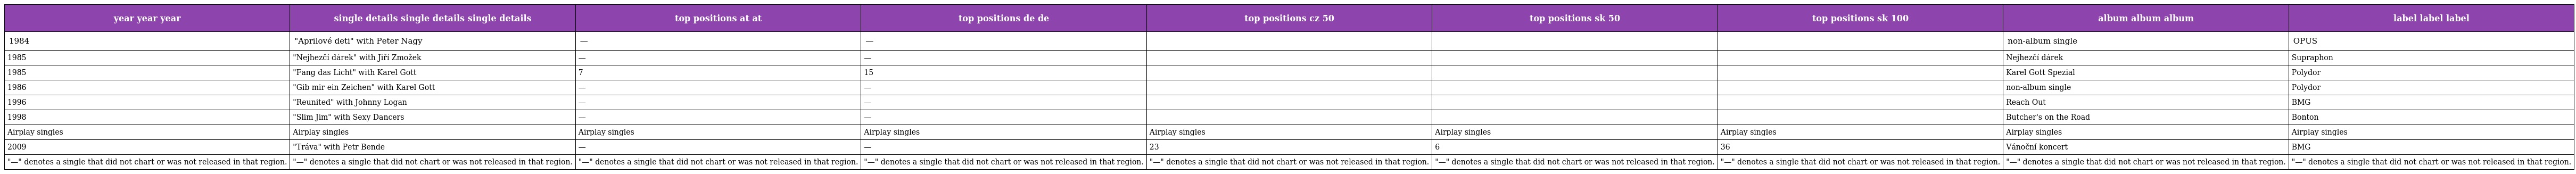
| year year year | single details single details single details | top positions at at | top positions de de | top positions cz 50 | top positions sk 50 | top positions sk 100 | album album album | label label label |
 | --- | --- | --- | --- | --- | --- | --- | --- | --- |
 | 1984 | "Aprilové deti" with Peter Nagy | — | — |  |  |  | non-album single | OPUS |
 | 1985 | "Nejhezčí dárek" with Jiří Zmožek | — | — |  |  |  | Nejhezčí dárek | Supraphon |
 | 1985 | "Fang das Licht" with Karel Gott | 7 | 15 |  |  |  | Karel Gott Spezial | Polydor |
 | 1986 | "Gib mir ein Zeichen" with Karel Gott | — | — |  |  |  | non-album single | Polydor |
 | 1996 | "Reunited" with Johnny Logan | — | — |  |  |  | Reach Out | BMG |
 | 1998 | "Slim Jim" with Sexy Dancers | — | — |  |  |  | Butcher's on the Road | Bonton |
 | Airplay singles | Airplay singles | Airplay singles | Airplay singles | Airplay singles | Airplay singles | Airplay singles | Airplay singles | Airplay singles |
 | 2009 | "Tráva" with Petr Bende | — | — | 23 | 6 | 36 | Vánoční koncert | BMG |
 | "—" denotes a single that did not chart or was not released in that region. | "—" denotes a single that did not chart or was not released in that region. | "—" denotes a single that did not chart or was not released in that region. | "—" denotes a single that did not chart or was not released in that region. | "—" denotes a single that did not chart or was not released in that region. | "—" denotes a single that did not chart or was not released in that region. | "—" denotes a single that did not chart or was not released in that region. | "—" denotes a single that did not chart or was not released in that region. | "—" denotes a single that did not chart or was not released in that region. |